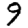
Digit: 9